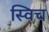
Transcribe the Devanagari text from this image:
स्‍विच